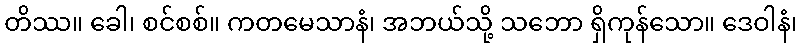
တိဿ။ ခေါ၊ စင်စစ်။ ကတမေသာနံ၊ အဘယ်သို့ သဘော ရှိကုန်သော။ ဒေဝါနံ၊